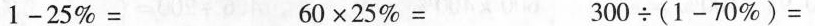
$$1 - 2 5 % =$$ $$6 0 \times 2 5 % =$$ $$3 0 0 \div ( 1 - 7 0 % ) =$$